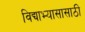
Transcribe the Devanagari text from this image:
विद्याभ्यासासाठी